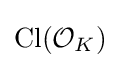
{\text{Cl}}({\mathcal {O}}_{K})